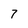
Character: 7